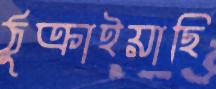
ঠুক্‌রাইয়াছি